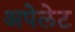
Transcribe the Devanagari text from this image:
अपेलेट